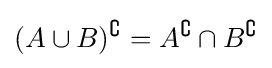
(A\cup B)^{\complement }=A^{\complement }\cap B^{\complement }